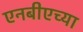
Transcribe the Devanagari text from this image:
एनबीएच्या